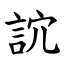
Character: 䛎